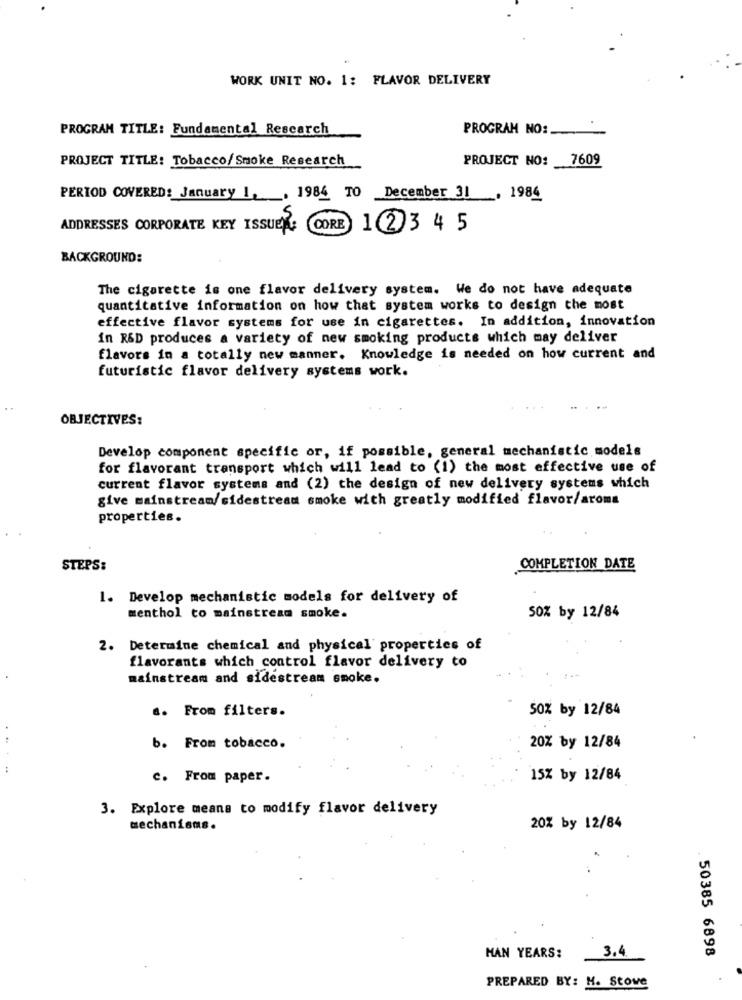
WORK UNIT NO. 1: FLAVOR DELIVERY
PROGRAM TITLE: Fundamental Research
PROGRAM NO:
PROJECT TITLE: Tobacco/Smoke Research
PROJECT NO: 7609
PERIOD COVERED: January 1. 1984 TO December 31
. 1984
ADDRESSES CORPORATE KEY ISSUER:
CORE
123 45
BACKGROUND:
The cigarette is one flavor delivery system. We do not have adequate
quantitative information on how that system works to design the most
effective flavor systems for use in cigarettes. In addition, innovation
in R&D produces a variety of new smoking products which may deliver
flavors in a totally new manner. Knowledge is needed on how current and
futuristic flavor delivery systems work.
OBJECTIVES:
Develop component specific or, if possible, general mechanistic models
for flavorant transport which will lead to (1) the most effective use of
current flavor systems and (2) the design of new delivery systems which
give mainstream/sidestream smoke with greatly modified flavor/aroma
properties.
STEPS:
COMPLETION DATE
1. Develop mechanistic models for delivery of
menthol to mainstream smoke.
50% by 12/84
2. Determine chemical and physical properties of
flavorants which control flavor delivery to
mainstream and sidestream smoke.
.. From filters.
50% by 12/84
b. From tobacco.
20% by 12/84
....
c. From paper.
15% by 12/84
3. Explore means to modify flavor delivery
mechanisms.
20% by 12/84
3.4
HAN YEARS:
50385 6898
PREPARED BY: H. Stove